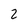
Character: 2